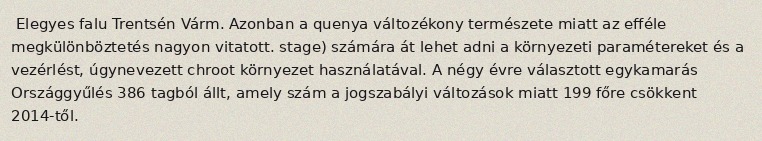
Elegyes falu Trentsén Várm. Azonban a quenya változékony természete miatt az efféle megkülönböztetés nagyon vitatott. stage) számára át lehet adni a környezeti paramétereket és a vezérlést, úgynevezett chroot környezet használatával. A négy évre választott egykamarás Országgyűlés 386 tagból állt, amely szám a jogszabályi változások miatt 199 főre csökkent 2014-től.